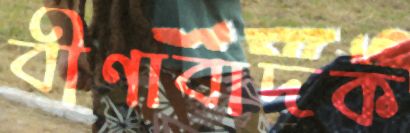
বীণাবাদক